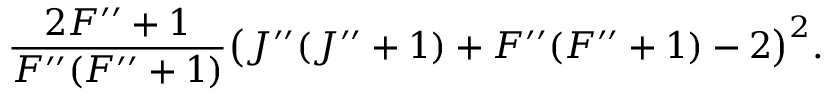
\frac { 2 F ^ { \prime \prime } + 1 } { F ^ { \prime \prime } ( F ^ { \prime \prime } + 1 ) } \big ( J ^ { \prime \prime } ( J ^ { \prime \prime } + 1 ) + F ^ { \prime \prime } ( F ^ { \prime \prime } + 1 ) - 2 \big ) ^ { 2 } .